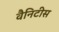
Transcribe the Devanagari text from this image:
वैनिटीस